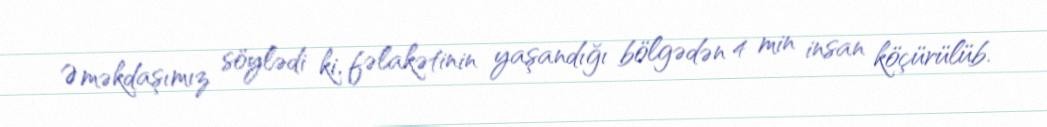
Əməkdaşımız söylədi ki, fəlakətinin yaşandığı bölgədən 4 min insan köçürülüb.